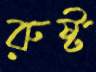
রুষ্ট